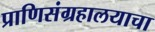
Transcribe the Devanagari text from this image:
प्राणिसंग्रहालयाचा